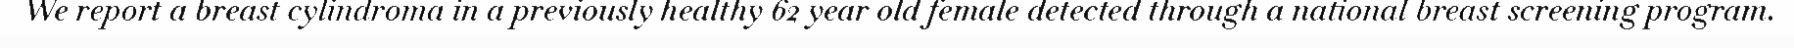
We report a breast cylindroma in a previously healthy 62 year old female detected through a national breast screening program.